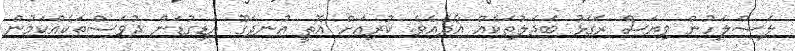
ލަސްލަހުން ވިޔަސް ރަގަޅު ބަދަލުތަކެއް އާދެއެވެ. ކުރިއަށް އޮތީ އުނދަގޫ އަޑިގުޑަން ދުވަސްތަކެއްކަމުން